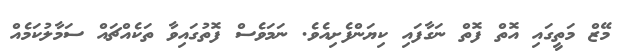
މޭޒް މަތީގައި އޮތް ފޮތް ނަގާފައި ކިޔަންފެށިއެވެ. ނަމަވެސް ފޮތުގައިވާ ތަކެއްޗައް ސަމާލުކަމެއް